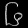
Digit: ၆